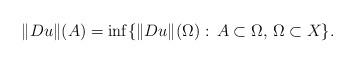
LaTeX: \begin{align*}\|Du\|(A)=\inf\{\|Du\|(\Omega):\, A\subset\Omega,\,\Omega\subset X\}.\end{align*}